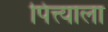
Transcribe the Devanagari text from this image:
पित्त्याला